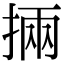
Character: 掚